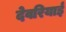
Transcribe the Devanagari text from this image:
देवरियाई